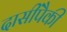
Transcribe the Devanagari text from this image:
दासींपैकी